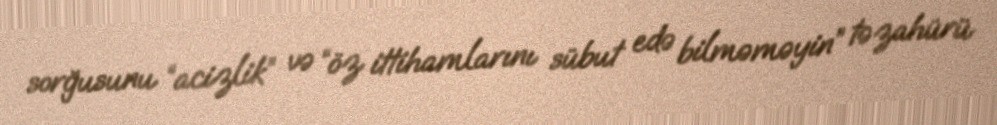
sorğusunu “acizlik” və “öz ittihamlarını sübut edə bilməməyin” təzahürü